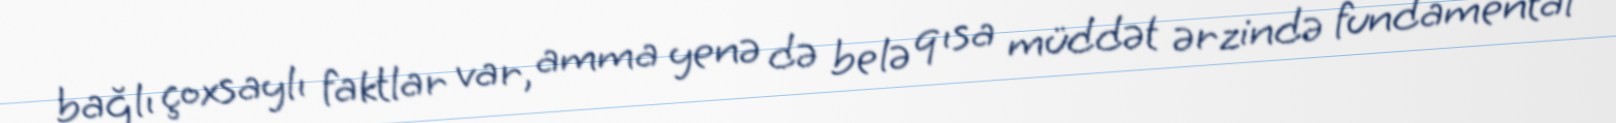
bağlı çoxsaylı faktlar var, amma yenə də belə qısa müddət ərzində fundamental